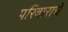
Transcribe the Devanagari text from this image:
परिवारांचे